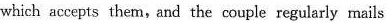
which accepts them, and the couple regularly mails